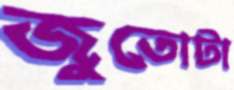
জুতোটা